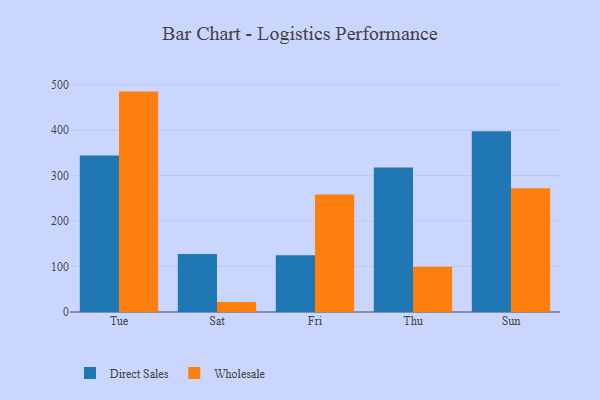
{"axis": {"x": "Day", "y": "Page Views"}, "legend": ["Direct Sales", "Wholesale"], "data": [{"x": "Tue", "y": 344.1, "type": "Direct Sales"}, {"x": "Tue", "y": 484.6, "type": "Wholesale"}, {"x": "Sat", "y": 127.5, "type": "Direct Sales"}, {"x": "Sat", "y": 22.2, "type": "Wholesale"}, {"x": "Fri", "y": 125.0, "type": "Direct Sales"}, {"x": "Fri", "y": 258.5, "type": "Wholesale"}, {"x": "Thu", "y": 317.6, "type": "Direct Sales"}, {"x": "Thu", "y": 99.7, "type": "Wholesale"}, {"x": "Sun", "y": 397.5, "type": "Direct Sales"}, {"x": "Sun", "y": 272.3, "type": "Wholesale"}]}